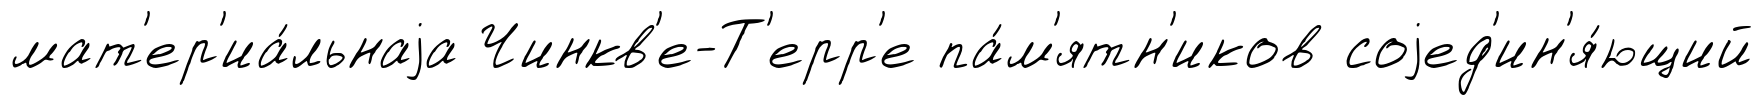
мат'ер'иа́льнаjа Чинкв'е-Т'ерр'е па́м'ятн'иков соjед'ин'я́ющий